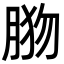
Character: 𦛦